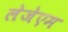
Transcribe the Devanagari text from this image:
लेजेएम